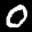
Label: 0